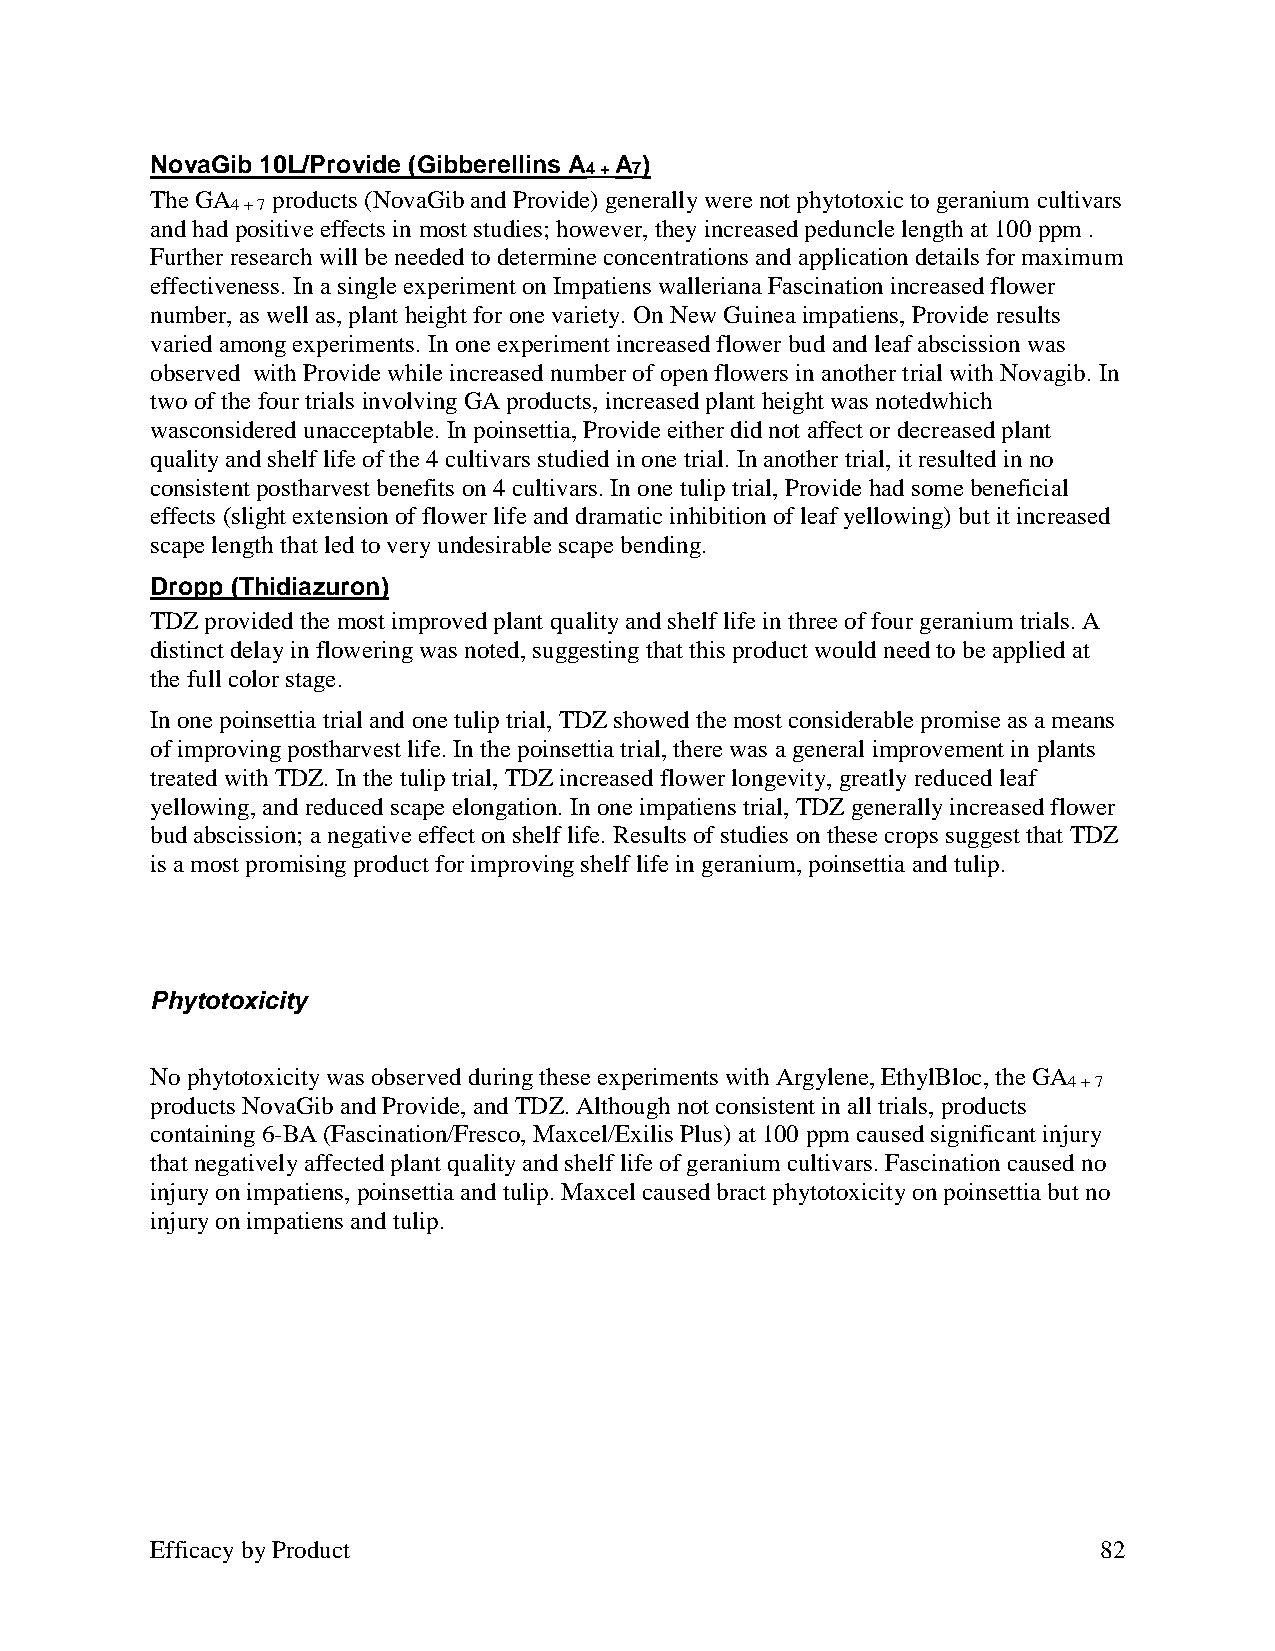
NovaGib 10L/Provide (Gibberellins A A )
 4 + 7
 The GA  products (NovaGib and Provide) generally were not phytotoxic to geranium cultivars
 4 + 7
 and had positive effects in most studies; however, they increased peduncle length at 100 ppm .
 Further research will be needed to determine concentrations and application details for maximum
 effectiveness. In a single experiment on Impatiens walleriana Fascination increased flower
 number, as well as, plant height for one variety. On New Guinea impatiens, Provide results
 varied among experiments. In one experiment increased flower bud and leaf abscission was
 observed with Provide while increased number of open flowers in another trial with Novagib. In
 two of the four trials involving GA products, increased plant height was notedwhich
 wasconsidered unacceptable. In poinsettia, Provide either did not affect or decreased plant
 quality and shelf life of the 4 cultivars studied in one trial. In another trial, it resulted in no
 consistent postharvest benefits on 4 cultivars. In one tulip trial, Provide had some beneficial
 effects (slight extension of flower life and dramatic inhibition of leaf yellowing) but it increased
 scape length that led to very undesirable scape bending.
 Dropp (Thidiazuron)
 TDZ provided the most improved plant quality and shelf life in three of four geranium trials. A
 distinct delay in flowering was noted, suggesting that this product would need to be applied at
 the full color stage.
 In one poinsettia trial and one tulip trial, TDZ showed the most considerable promise as a means
 of improving postharvest life. In the poinsettia trial, there was a general improvement in plants
 treated with TDZ. In the tulip trial, TDZ increased flower longevity, greatly reduced leaf
 yellowing, and reduced scape elongation. In one impatiens trial, TDZ generally increased flower
 bud abscission; a negative effect on shelf life. Results of studies on these crops suggest that TDZ
 is a most promising product for improving shelf life in geranium, poinsettia and tulip.
 Phytotoxicity
 No phytotoxicity was observed during these experiments with Argylene, EthylBloc, the GA
 4 + 7
 products NovaGib and Provide, and TDZ. Although not consistent in all trials, products
 containing 6-BA (Fascination/Fresco, Maxcel/Exilis Plus) at 100 ppm caused significant injury
 that negatively affected plant quality and shelf life of geranium cultivars. Fascination caused no
 injury on impatiens, poinsettia and tulip. Maxcel caused bract phytotoxicity on poinsettia but no
 injury on impatiens and tulip.
 Efficacy by Product                                            82